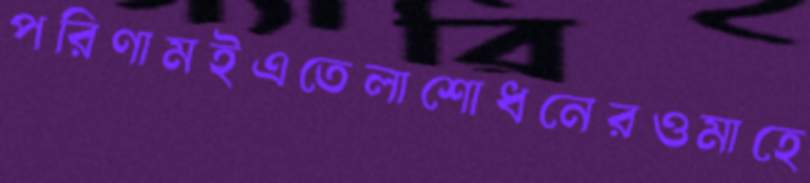
পরিণামইএতেলাশোধনেরওমাহে